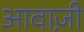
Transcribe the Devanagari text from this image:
आवाज़ी